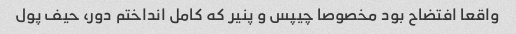
واقعا افتضاح بود مخصوصا چیپس و پنیر که کامل انداختم دور، حیف پول